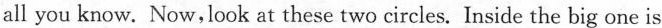
all you know. Now, look at these two circles. Inside the big one is